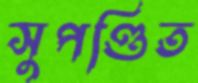
সুপণ্ডিত